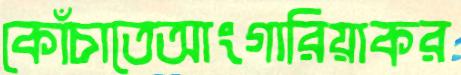
কোঁচাতেআংগারিয়াকর